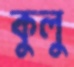
কুলু